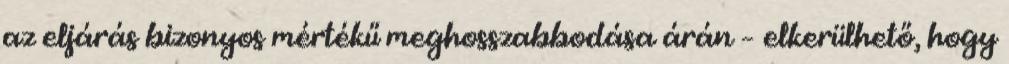
az eljárás bizonyos mértékű meghosszabbodása árán – elkerülhető, hogy